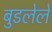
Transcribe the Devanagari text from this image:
बुडलेले